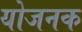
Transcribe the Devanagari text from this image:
योजनक